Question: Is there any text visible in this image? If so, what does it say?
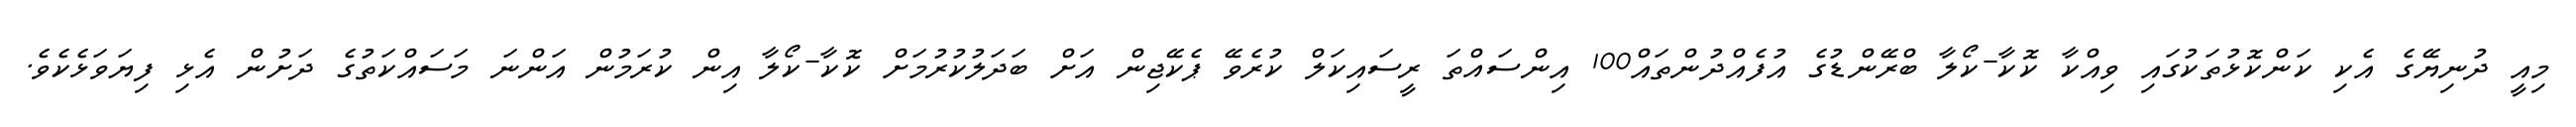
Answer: މިއީ ދުނިޔޭގެ އެކި ކަންކޮޅުތަކުގައި ވިއްކާ ކޮކާ-ކޯލާ ބްރޭންޑުގެ އުފެއްދުންތައް100 އިންސައްތަ ރީސައިކަލް ކުރެވޭ ޕެކޭޖިން އަށް ބަދަލުކުރުމަށް ކޮކާ-ކޯލާ އިން ކުރަމުން އަންނަ މަސައްކަތުގެ ދަށުން އެޅި ފިޔަވަޅެކެވެ.